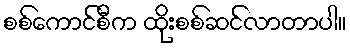
စစ်ကောင်စီက ထိုးစစ်ဆင်လာတာပါ။